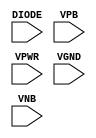
module sky130_fd_sc_hd__diode (
    //# {{power|Power}}
    input DIODE,
    input VPB  ,
    input VPWR ,
    input VGND ,
    input VNB
);
endmodule